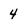
Character: 4